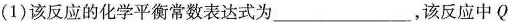
(1)该反应的化学平衡常数表达式为___，该反应中Q